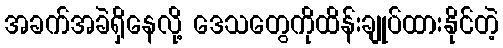
အခက်အခဲရှိနေလို့ ဒေသတွေကိုထိန်းချုပ်ထားနိုင်တဲ့